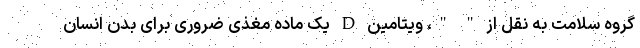
گروه سلامت به نقل از " "، ویتامین D یک ماده مغذی ضروری برای بدن انسان